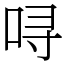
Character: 㖊